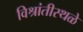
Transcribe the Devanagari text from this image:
विश्रांतीस्थळे